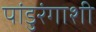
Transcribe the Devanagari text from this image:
पांडुरंगाशी